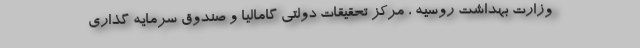
وزارت بهداشت روسیه ، مرکز تحقیقات دولتی گامالیا و صندوق سرمایه گذاری